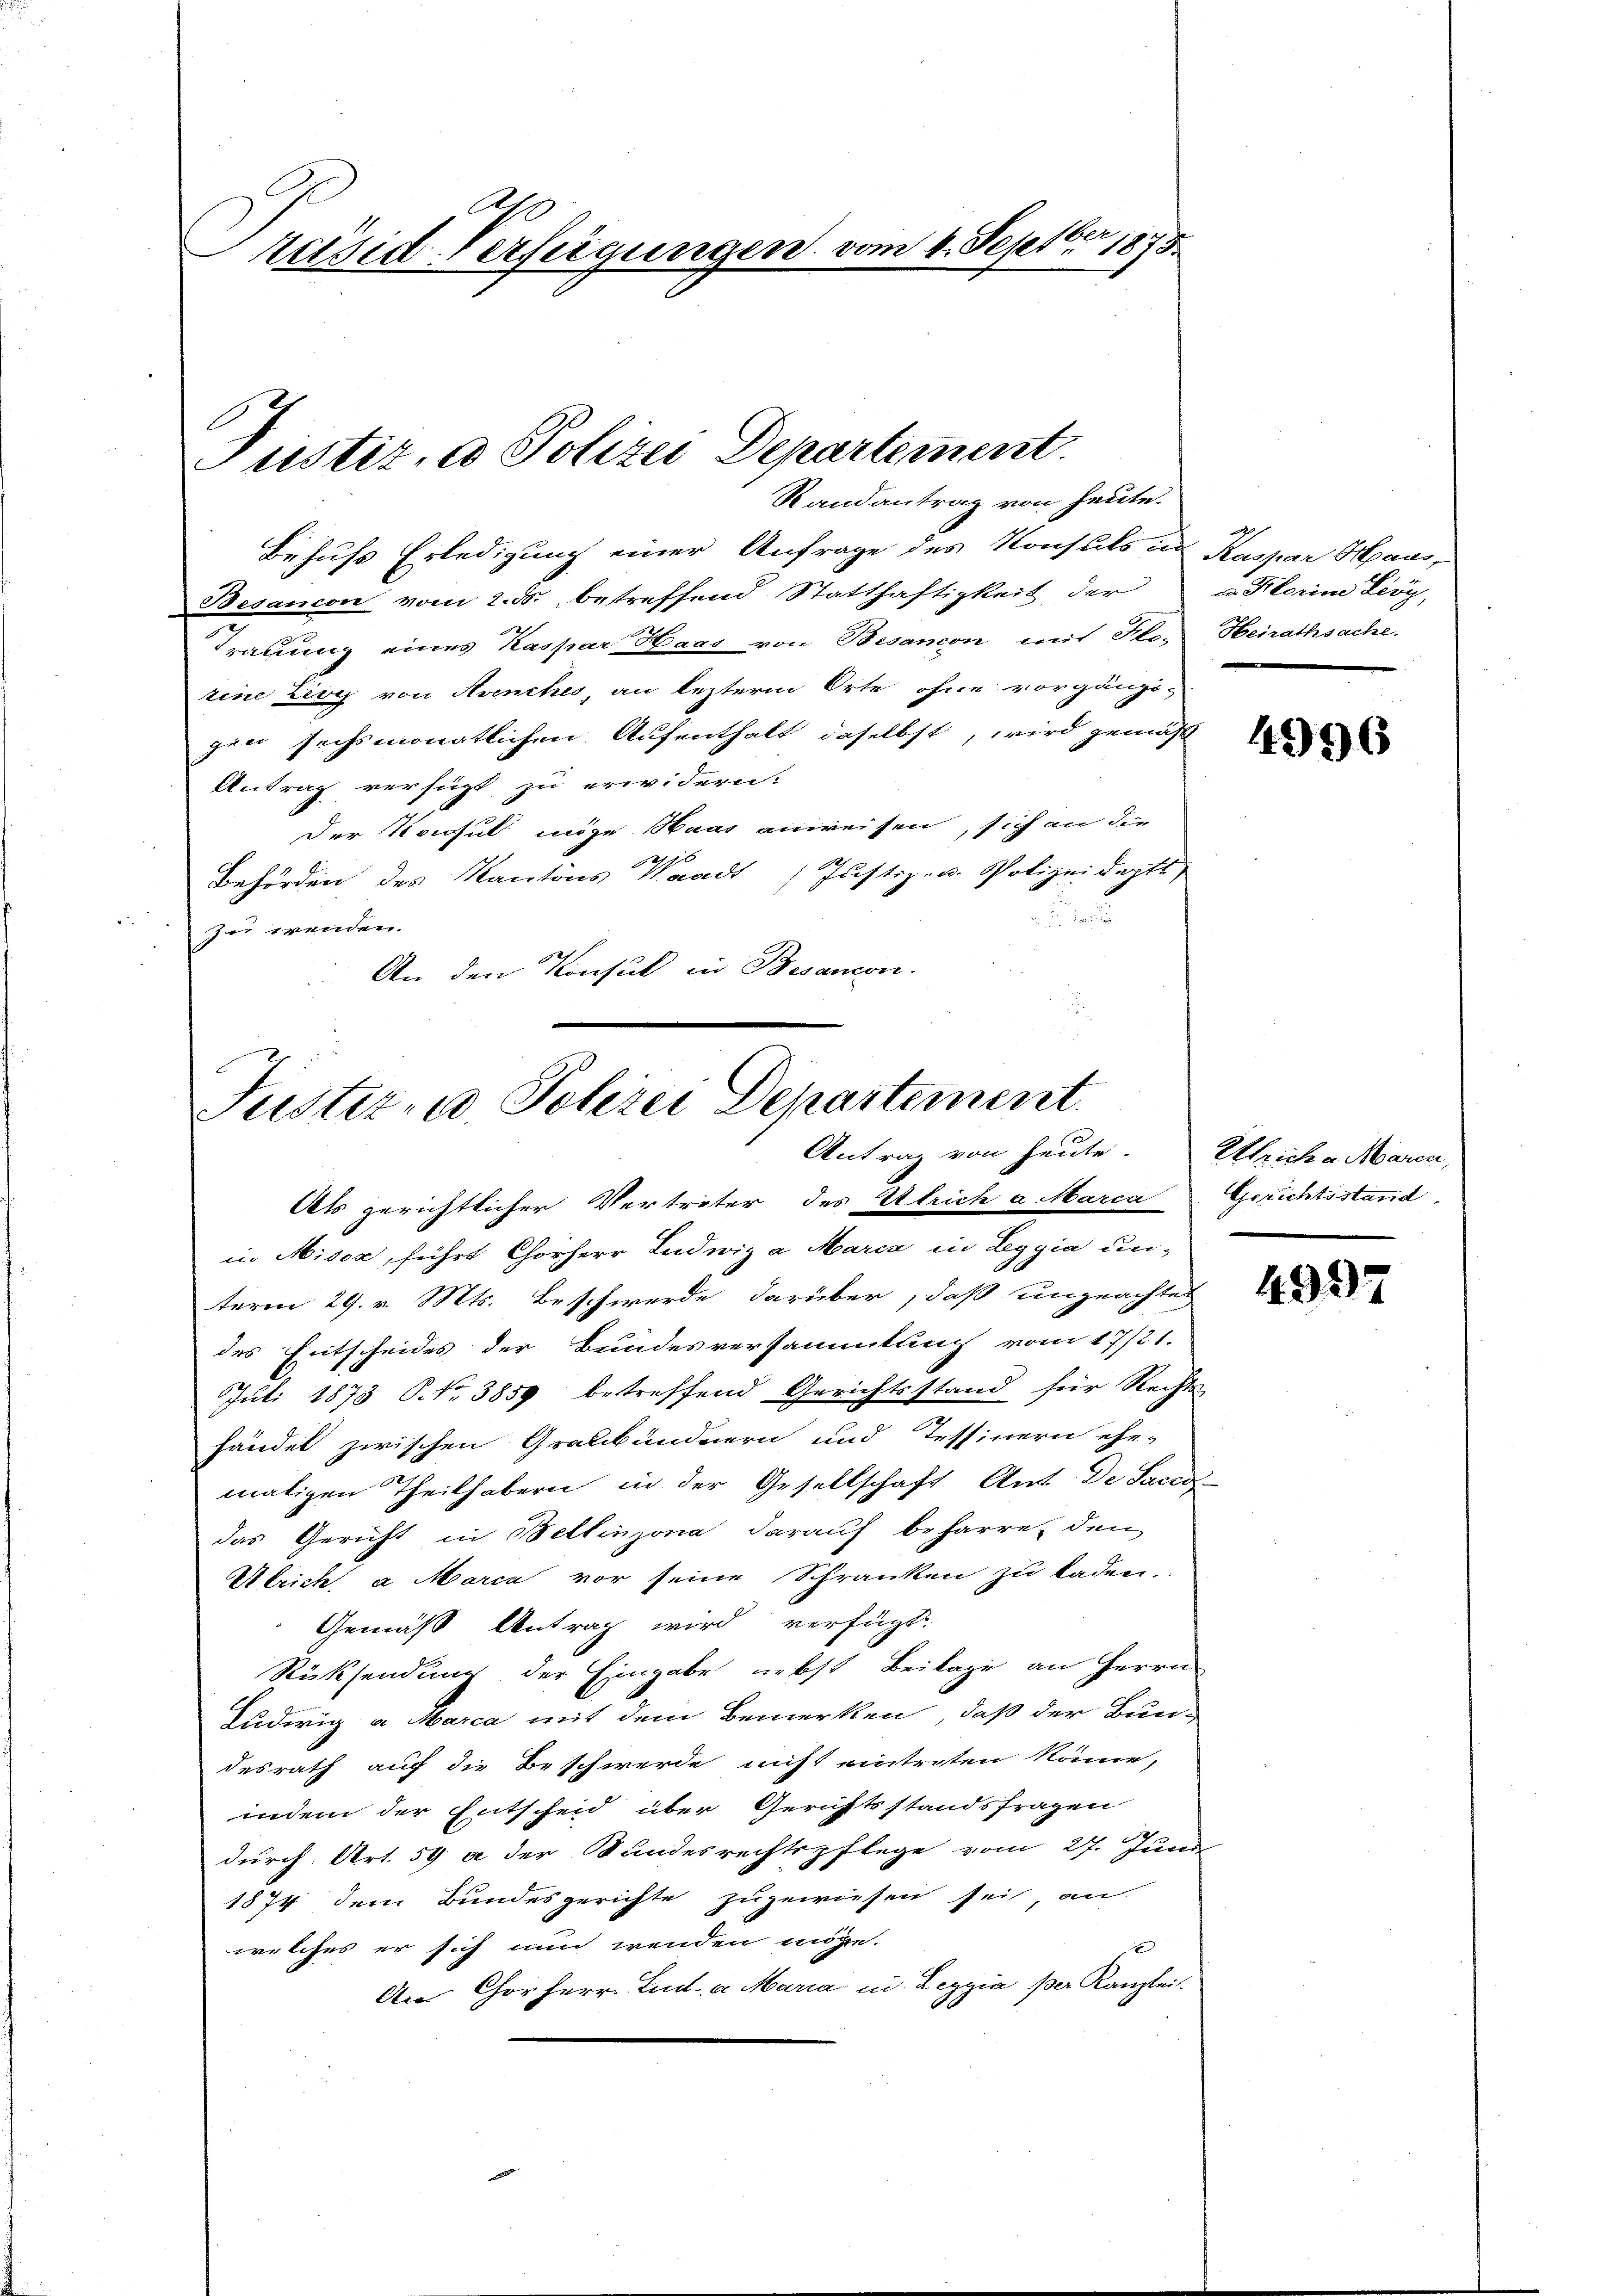
.
Präsid-Verfügungen vom 4. Septbr 1875.

ustiz, ad Polizei Departement.
Randantrag von heute.

Behufs Erledigung einer Anfrage des Konsuls und Kaspar Haus-
Besancon vom 2. ds. betreffend Statthaftigkeit der a Florin Lioy,
Trauung eines Kaspar Haar von Besandon mit Sto, Heirathsache.
eine Livy von Avenches, an lezterm Orte ohne vorgänzi-
gen sechsmonatlichen Aufenthalt daselbst, wird gemäß
Antrag versicht zu erwidern.
Der Konsul möge Haas anweisen, sich an die
190
Behörden des Kantons Waadt (Justiz- u. Polizeidepts
un
zu wenden.
An den Konsul in Besanon.
Als gerichtlicher Vertreter des Ulrich a Marca Gerichtsstand,
in Miser, führt Chorherr Ludwig a Marca in Leggia un-
term 29. v. Mts. Beschwerde darüber, daß ungeachtet
des Fritscheides der Bundesversammlung vom 17/21.
Juli 1873 S. Nr. 3859 betreffend Gerichtsstand für Rechts-
händet zwischen Graubündnern und Tessinern ehe-
maligen Theilhabern in der Gesellschaft Ant. De Saced
das Gericht in Bellinzona darauf beharre, den
Ulrich a Marca vor seine Schranken zu laden.
Gemäß Antrag wird verfügt:
Rücksendung der Eingabe nebst Beilage an Herrn
Ludwig a Marca mit dem Bemerken, daß der Bun-
desrath auf die Beschwerde nicht eintreten könne,
indem der Entscheid über Gerichtsstandsfragen
durch Art. 59 a der Sandesrechtspflege vom 27. Juni
1874 dem Bundesgerichte zugewiesen sei, an
welches er sich nun wenden möge.
An Chorherr Lud a Maria in Leggia per Kanzlei.

Puster- u. Polizei Departement
Antrag von heute. Ulrich a Marin,

.

4996

4997